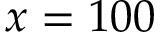
x = 1 0 0